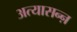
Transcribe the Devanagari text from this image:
अत्यासन्ऩ